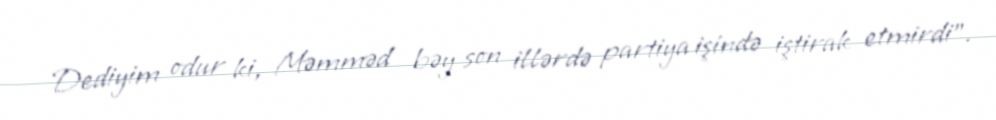
Dediyim odur ki, Məmməd bəy son illərdə partiya işində iştirak etmirdi”.